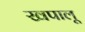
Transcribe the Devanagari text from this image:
खपालू